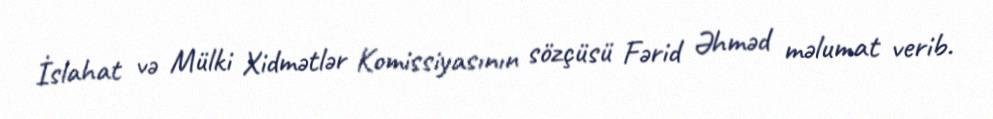
İslahat və Mülki Xidmətlər Komissiyasının sözçüsü Fərid Əhməd məlumat verib.